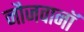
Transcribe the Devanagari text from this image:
नौजवानॉ